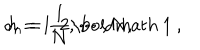
J _ { n } = \frac { 1 } { N } \mathrm { \boldmath ~ 1 ~ } , \hspace { 3 m m } n = 1 , 2 , \cdots , N ,